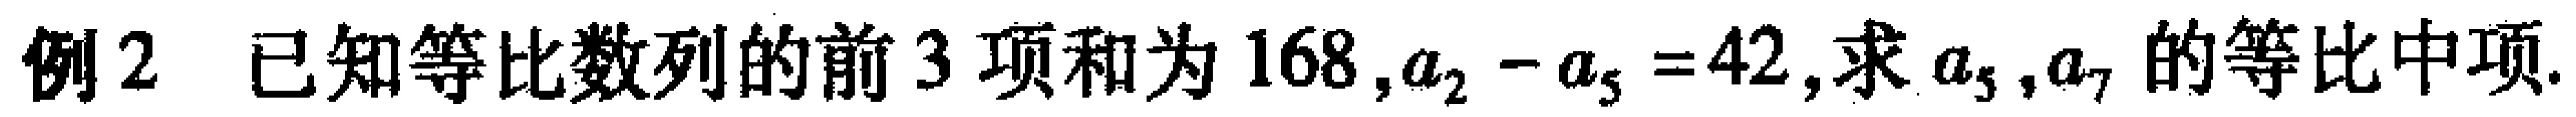
例2 已知等比数列的前3项和为168,$a_{2}-a_{5}=42$,求$a_{5},a_{7}$的等比中项.